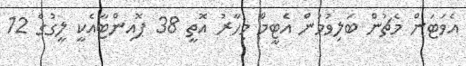
އެވަޓަން މެޗުން ބަލިވުމުން އެޓީމް މިހާރު އޮތީ 38 ޕޮއިންޓާއެކީ ލީގުގެ 12